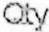
QTY